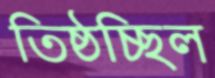
তিষ্ঠচ্ছিল